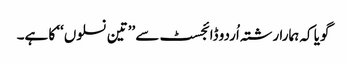
گویا کہ ہمارا رشتہ اُردو ڈائجسٹ سے ’’تین نسلوں‘‘ کا ہے۔